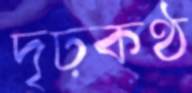
দৃঢ়কণ্ঠ